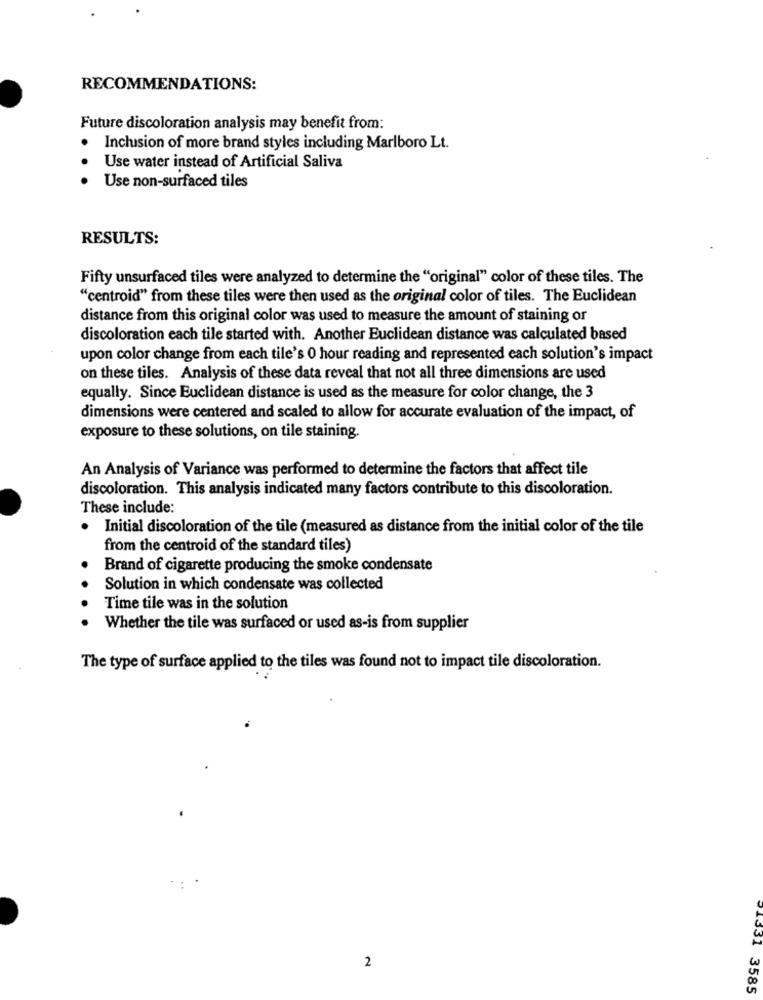
RECOMMENDATIONS:
Future discoloration analysis may benefit from:
Inclusion of more brand styles including Marlboro Lt.
Use water instead of Artificial Saliva
Use non-surfaced tiles
RESULTS:
Fifty unsurfaced tiles were analyzed to determine the "original" color of these tiles. The
"centroid" from these tiles were then used as the original color of tiles. The Euclidean
distance from this original color was used to measure the amount of staining or
discoloration each tile started with. Another Euclidean distance was calculated based
upon color change from each tile's 0 hour reading and represented each solution's impact
on these tiles. Analysis of these data reveal that not all three dimensions are used
equally. Since Euclidean distance is used as the measure for color change, the 3
dimensions were centered and scaled to allow for accurate evaluation of the impact, of
exposure to these solutions, on tile staining.
An Analysis of Variance was performed to determine the factors that affect tile
discoloration. This analysis indicated many factors contribute to this discoloration.
These include:
. Initial discoloration of the tile (measured as distance from the initial color of the tile
from the centroid of the standard tiles)
Brand of cigarette producing the smoke condensate
Solution in which condensate was collected
Time tile was in the solution
Whether the tile was surfaced or used as-is from supplier
The type of surface applied to the tiles was found not to impact tile discoloration.
2
91331 3585